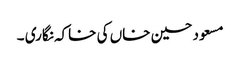
مسعود حسین خاں کی خاکہ نگاری ۔